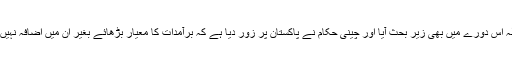
یہ معاملہ اس دورے میں بھی زیر بحث آیا اور چینی حکام نے پاکستان پر زور دیا ہے کہ برآمدات کا معیار بڑھائے بغیر ان میں اضافہ نہیں ہوسکتا۔